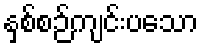
နှစ်စဉ်ကျင်းပသော